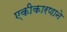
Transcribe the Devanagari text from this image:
एकीकारणाने